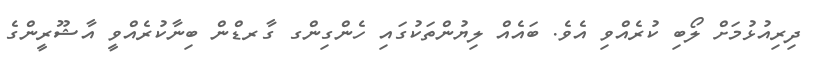
ދިރިއުޅުމަށް ލޯބި ކުރެއްވި އެވެ. ބައެއް ލިޔުންތަކުގައި ހެންގިންގ ގާރޑްން ބިނާކުރެއްވީ އާޝޫރީންގެ